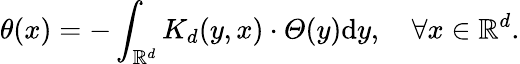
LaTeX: \theta(x)=-\int_{\mathbb{R}^{d}}K_{d}(y,x)\cdot\varTheta(y)\mathrm{d}y,\quad\forall x\in\mathbb{R}^{d}.